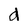
Character: d